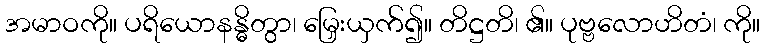
အမာဝကို။ ပရိယောနန္ဓိတွာ၊ မြှေးယှက်၍။ တိဋ္ဌတိ၊ ၏။ ပုဗ္ဗလောဟိတံ၊ ကို။